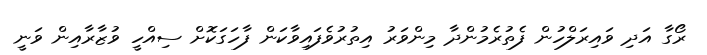
ރޯގާ އަދި ވައިރަލްހުން ފެތުރެމުންދާ މިންވަރު އިތުރުވެފައިވާކަން ފާހަގަކޮށް ސިއްހީ ވުޒާރާއިން ވަނީ